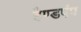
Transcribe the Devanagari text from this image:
हैण्डपंप